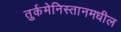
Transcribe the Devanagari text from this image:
तुर्कमेनिस्तानमधील